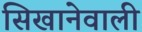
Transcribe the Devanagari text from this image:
सिखानेवाली